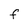
Character: F